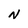
Character: N